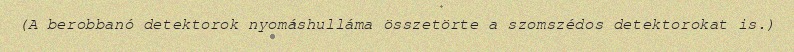
(A berobbanó detektorok nyomáshulláma összetörte a szomszédos detektorokat is.)